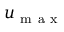
u _ { \mathrm { ~ m ~ a ~ x ~ } }